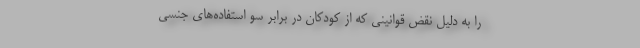
را به دلیل نقض قوانینی که از کودکان در برابر سو استفاده‌های جنسی